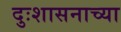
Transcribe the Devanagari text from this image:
दुःशासनाच्या